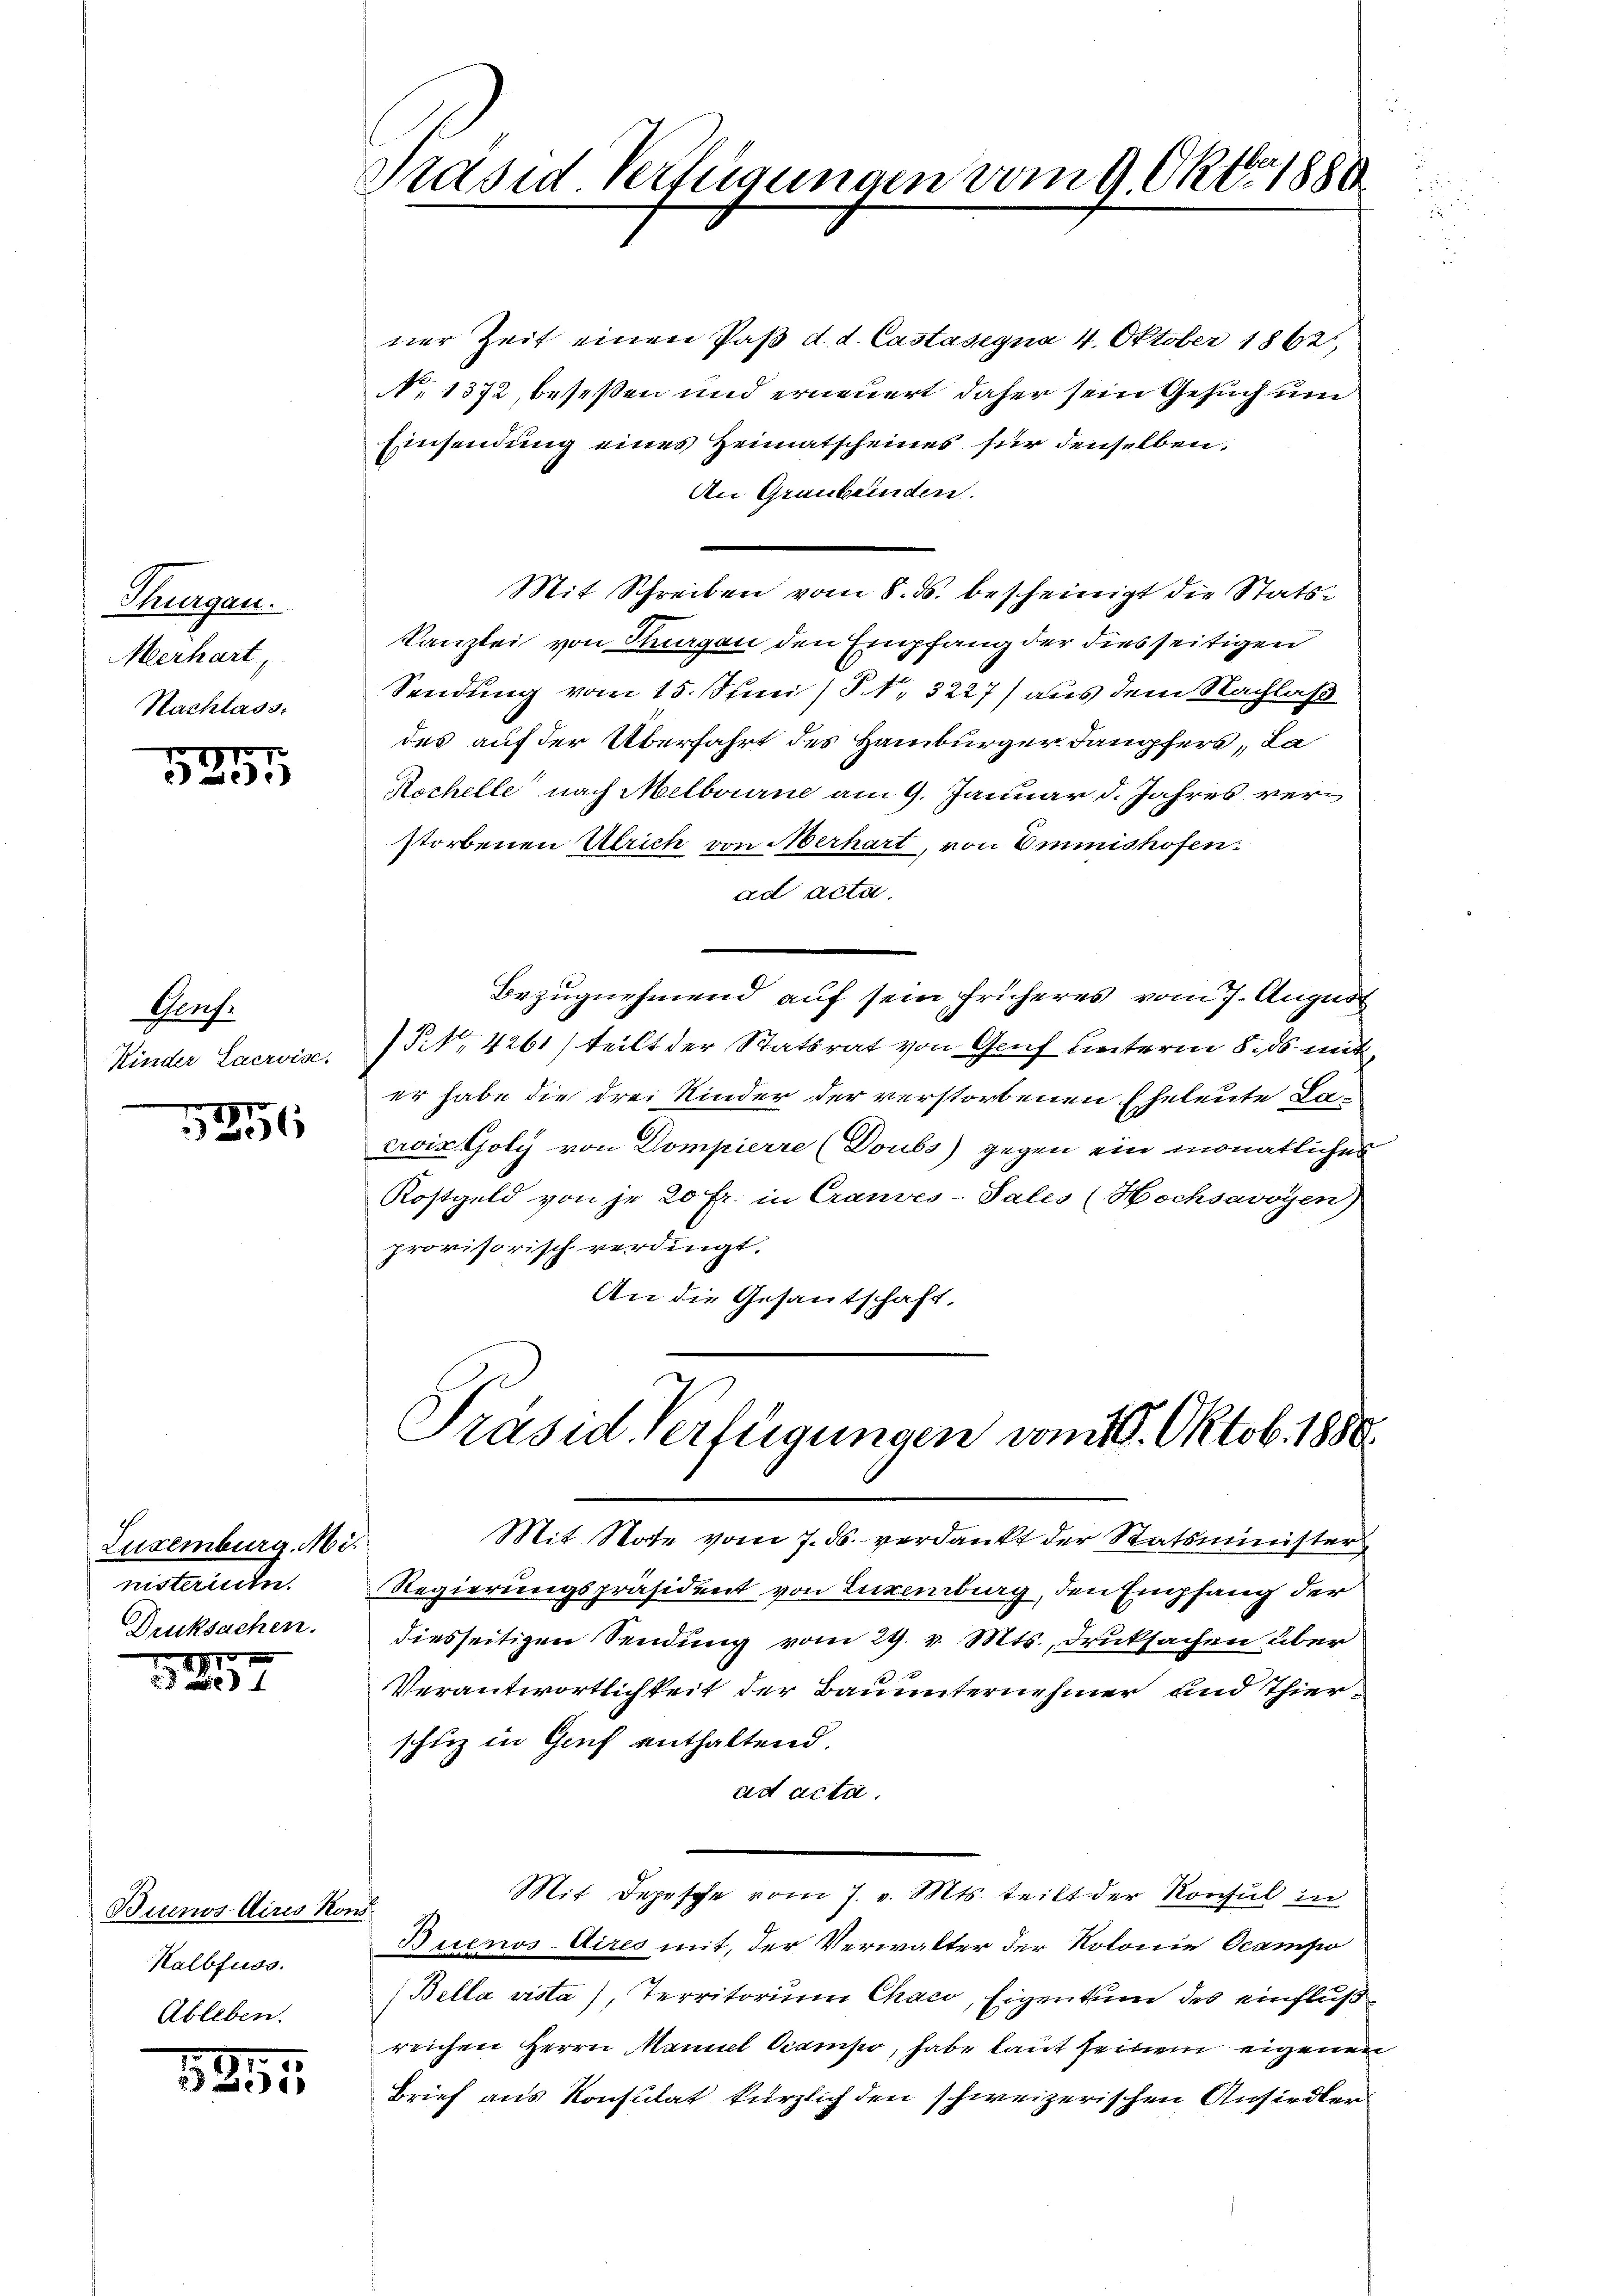
Thurgau.
Aerhart,
Nachlass.

5251

Porf.
Kinder Lacroisc

1851

Luxenburg. Ministerien.
Druksachen.

1257.

Buenos Aires Kons
Kalbfuss.
Ableben.

1891

Stasid Verfügungen vom 9. Okt. 1880

ner Zeit einen Paß d. d. Castasegna 4. Oktober 1862,
No 1372, beseßen und erneuert daher sein Gesuch um
Einsendung eines Heimatscheines für denselben.
An Graubünden.
Mit Schreiben vom 8. ds. bescheinigt die Stats-
Kanzlei von Sturgau den Empfang der diesseitigen
Sendung vom 15. Juni / S. 3227) aus dem Nachlaß
des auf der Überfahrt des Hamburger Dampfers, da
Kochelle nach Melbourne am 9. Januar d. Jahres verstorbenen Ulrich von Oberhart, von Emmishofen:
ad acta.
Bezugnehmend auf sein früheres vom 7. August
§. 4261) teilt der Statsrat von Genf unterm 8. ds. mit
er habe die drei Kinder der verstorbenen Eheleute La-
croix Goly von Dompierre (Doubs gegen ein monatliches
Kostgeld von je 20 fr. in Crauves-Salis (Hochsavoyen)
provisorisch verdingt.
An die Gesantschaft,

Präsid. Verfügungen vom 18. Oktob. 1888.

Mit Note vom 7. ds. verdankt der Statsminister
Regierungspräsident von Luxenburg, den Empfang der
diesseitigen Sendung vom 29. v. Mts., Druksachen über
Verantwortlichkeit der Bauunternehmer und Thierschuz in Genf enthaltend.
ad acta.
Mit Depesche vom 7. v. Mts. teilt der Konsul in
Buenos-Aires mit, der Verwalter der Kolonie Ocampo
(Bella vista), Territorium Chaco, Eigentum des einfluß
reichen Herrn Maniel Campo, habe laut seinem eigenen
Brief aus Konsulat kürzlich den schweizerischen Ansiedler